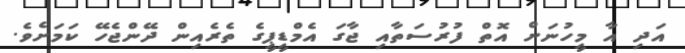
އަދި އާ މީހުނަށް އޮތް ފުރުސަތާއި ޖާގަ އެމްޑީޕީގެ ތެރެއިން ދޭންޖެހޭ ކަމަށެވެ.